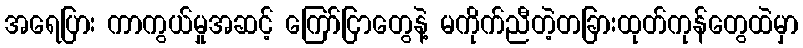
အရေပြား ကာကွယ်မှုအဆင့် ကြော်ငြာတွေနဲ့ မကိုက်ညီတဲ့တခြားထုတ်ကုန်တွေထဲမှာ